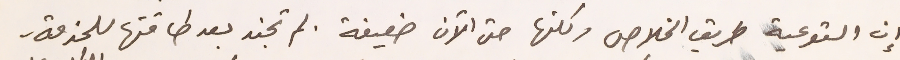
إن التوعية طريق الخلاص ولكنها حتى الأن ضعيفة . لم تجند بعد طاقتها للخدمة